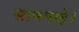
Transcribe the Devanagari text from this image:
सामनाहे।